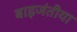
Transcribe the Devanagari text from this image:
बाइजंतीया